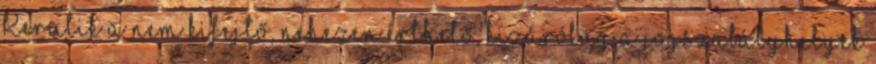
Kerülik a nem kifejtő, nehezen érthető, kizárólag a jogszabályhelyek